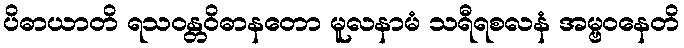
ပိဓာယာတိ ရသဝန္တဝိဓာနတော မူလနာမံ သရီရစလနံ အမ္ဗဝနေတိ